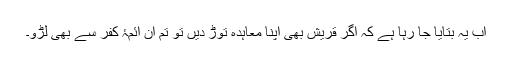
اب یہ بتایا جا رہا ہے کہ اگر قریش بھی اپنا معاہدہ توڑ دیں تو تم ان ائمۂ کفر سے بھی لڑو۔